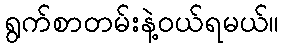
ရွက်စာတမ်းနဲ့ဝယ်ရမယ်။